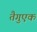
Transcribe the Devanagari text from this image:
तैगुएक